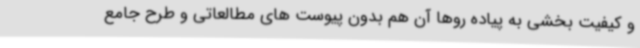
و کیفیت بخشی به پیاده روها آن هم بدون پیوست های مطالعاتی و طرح جامع